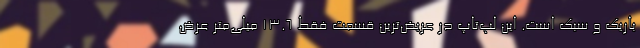
باریک و سبک است. این لپ‌تاپ در عریض‌ترین قسمت فقط 13.6 میلی‌متر عرض